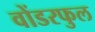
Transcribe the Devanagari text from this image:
वोंडरफुल